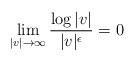
LaTeX: \begin{align*}\lim_{|v|\rightarrow \infty}\frac{\log|v|}{|v|^{\epsilon}}=0\end{align*}